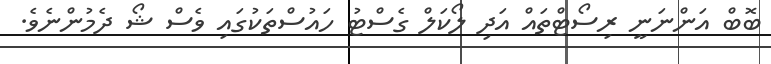
ބޮބް އަންނަނީ ރިސޯޓްތައް އަދި ލޯކަލް ގެސްޓު ހައުސްތަކުގައި ވެސް ޝޯ ދެމުންނެވެ.